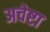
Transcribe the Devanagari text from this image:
अचेष्टा